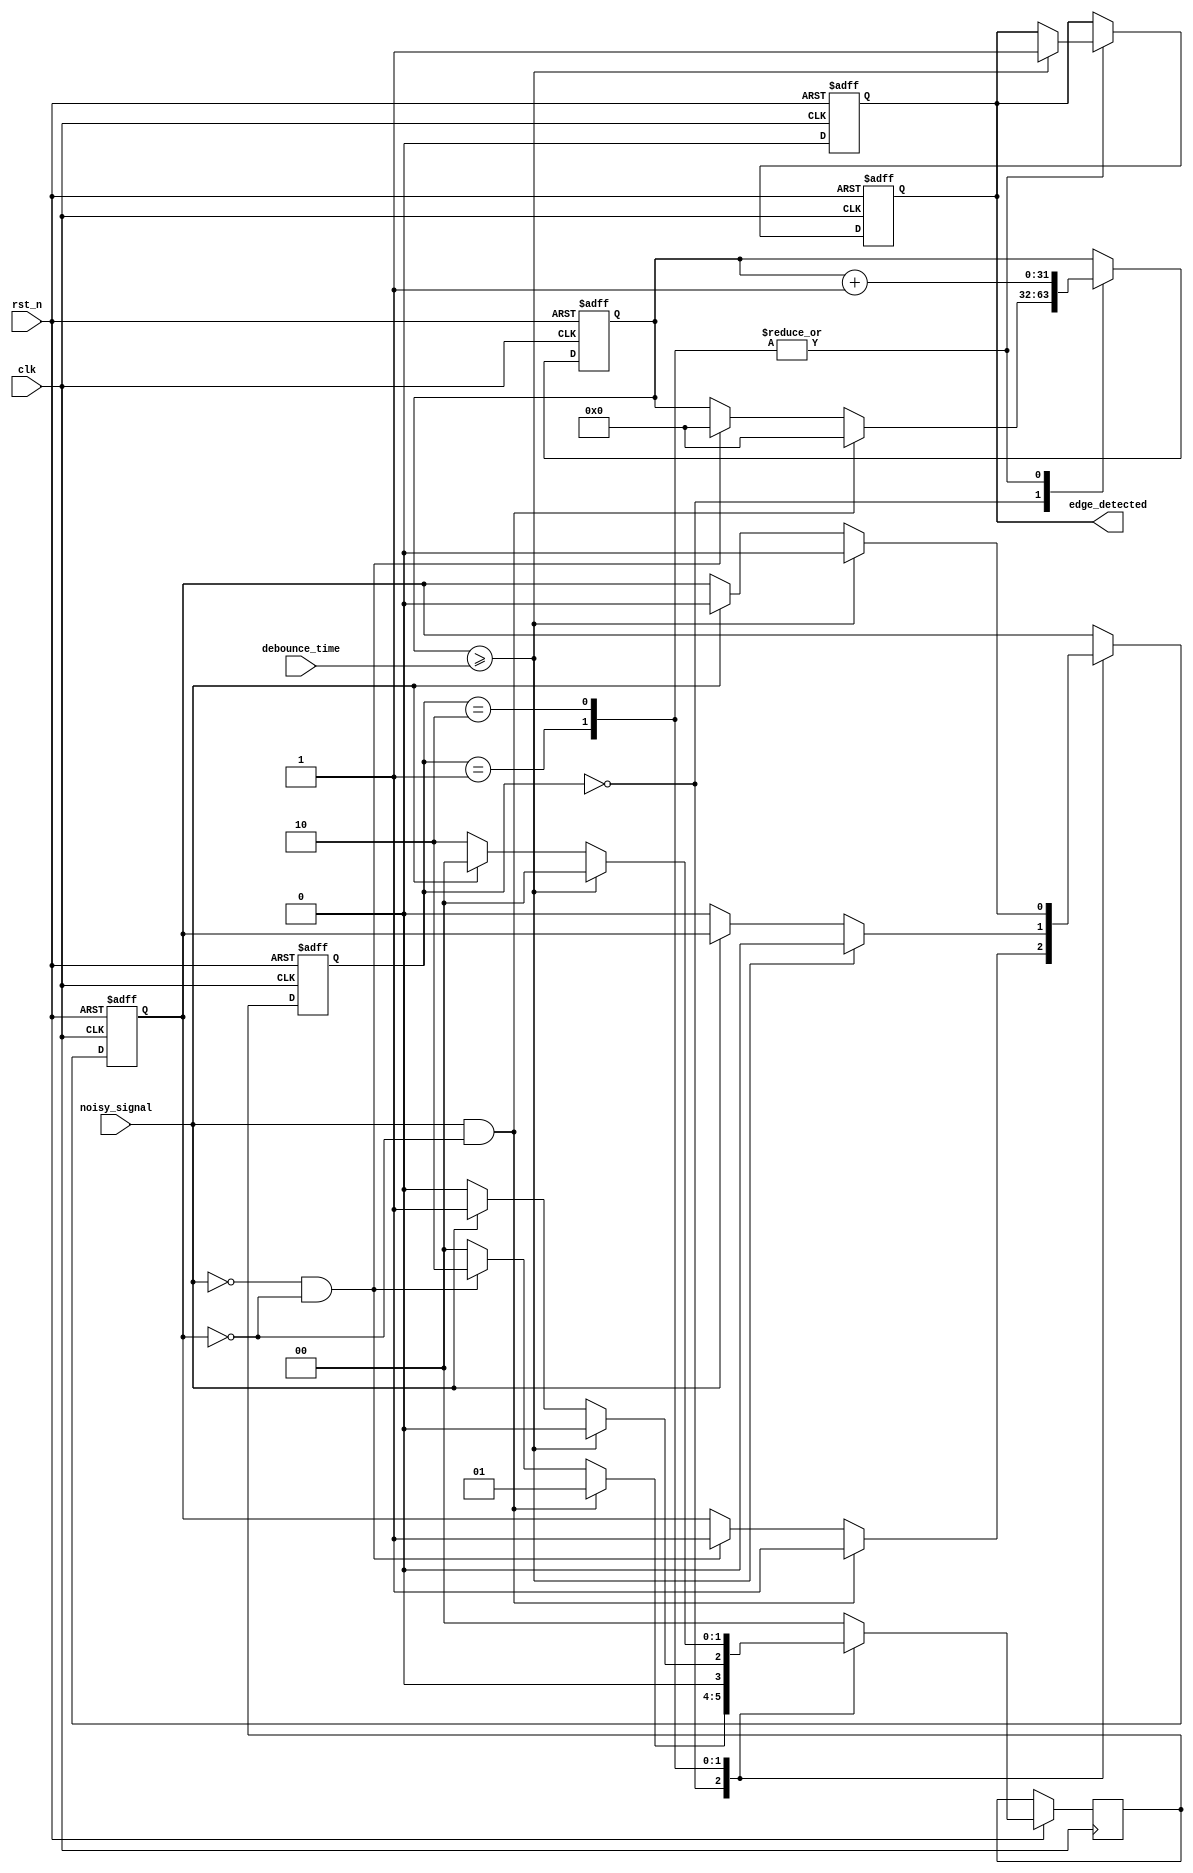
module debounced_edge_detector (
    input  wire clk,                // Clock signal
    input  wire rst_n,              // Active low reset signal
    input  wire noisy_signal,        // Noisy input signal
    input  wire [31:0] debounce_time, // Configurable debounce time in clock cycles
    output reg  edge_detected       // Output signal indicating edge detection
);

    // Internal signals
    reg [1:0] state_reg;            // Current state register
    reg [1:0] state_next;           // Next state register
    reg [31:0] debounce_counter;     // Debounce timer counter
    reg debounce_active;             // Debounce timer active flag

    // State encoding
    localparam STATE_IDLE      = 2'b00;
    localparam STATE_RISING    = 2'b01;
    localparam STATE_FALLING   = 2'b10;

    // State machine and debounce logic
    always @(posedge clk or negedge rst_n) begin
        if (!rst_n) begin
            state_reg <= STATE_IDLE;
            debounce_counter <= 0;
            debounce_active <= 0;
            edge_detected <= 0;
        end else begin
            // State transition
            case (state_reg)
                STATE_IDLE: begin
                    // Detect rising or falling edge
                    if (noisy_signal && !debounce_active) begin
                        state_next <= STATE_RISING;
                        debounce_counter <= 0;
                        debounce_active <= 1;
                    end
                    else if (!noisy_signal && !debounce_active) begin
                        state_next <= STATE_FALLING;
                        debounce_counter <= 0;
                        debounce_active <= 1;
                    end else begin
                        state_next <= STATE_IDLE;
                    end
                end
                STATE_RISING: begin
                    // Count for debounce period
                    debounce_counter <= debounce_counter + 1;
                    if (debounce_counter >= debounce_time) begin
                        edge_detected <= 1; // Rising edge detected
                        state_next <= STATE_IDLE; // Go back to idle
                        debounce_active <= 0; // Reset debounce active
                    end else if (!noisy_signal) begin
                        // If input signal goes low, reset debounce
                        state_next <= STATE_IDLE;
                        debounce_active <= 0;
                    end else begin
                        state_next <= STATE_RISING; // Stay in rising state
                    end
                end
                STATE_FALLING: begin
                    // Count for debounce period
                    debounce_counter <= debounce_counter + 1;
                    if (debounce_counter >= debounce_time) begin
                        edge_detected <= 1; // Falling edge detected
                        state_next <= STATE_IDLE; // Go back to idle
                        debounce_active <= 0; // Reset debounce active
                    end else if (noisy_signal) begin
                        // If input signal goes high, reset debounce
                        state_next <= STATE_IDLE;
                        debounce_active <= 0;
                    end else begin
                        state_next <= STATE_FALLING; // Stay in falling state
                    end
                end
                default: begin
                    state_next <= STATE_IDLE; // Default case
                end
            endcase
            
            // Update state register
            state_reg <= state_next;
        end
    end

    // Reset the edge detected signal after it's been processed
    always @(posedge clk or negedge rst_n) begin
        if (!rst_n) begin
            edge_detected <= 0;
        end else if (edge_detected) begin
            edge_detected <= 0; // Clear the edge detected signal
        end
    end

endmodule